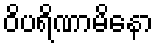
ဝိပရိဏာမိနော